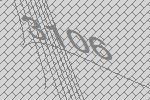
3106